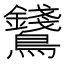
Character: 𪈇